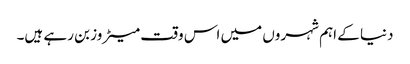
دنیا کے اہم شہروں میں اس وقت میٹروز بن رہے ہیں۔